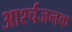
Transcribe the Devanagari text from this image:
आर्श्चजनक